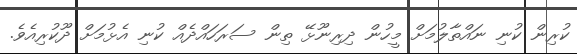
ކުރިން ކުނި ނައްތާލުމަށް މީހުން ދިރިނޫޅޭ ތިން ސަރަހައްދެއް ކުނި އެޅުމަށް ދޫކުރިއެވެ.